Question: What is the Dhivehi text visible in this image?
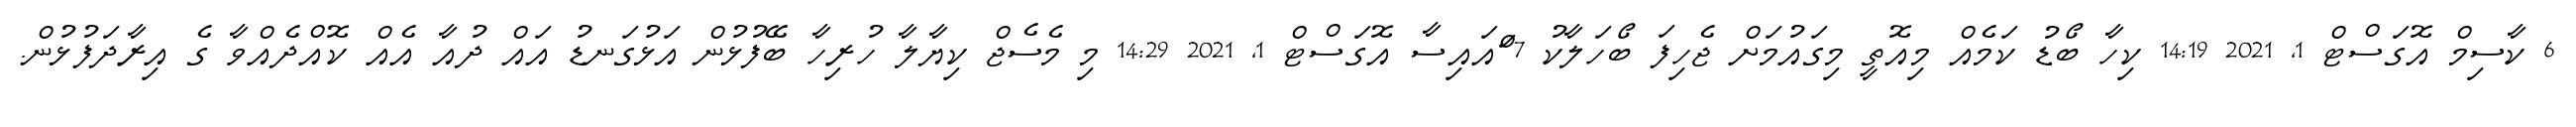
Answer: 6 ކާސިމް އޮގަސްޓް 1, 2021 14:19 ކިހާ ބޯޑު ކަމެއް މިއޮތީ މިގައުމަށް ޖެހިފަ ބޯހަލާކު 7 ަްއައިސާ އޮގަސްޓް 1, 2021 14:29 މި މެސެޖް ކިޔާލާ ހުރިހާ ބޭފުޅުން އަޅުގަނޑު އައް ދުއާ އެއް ކޮއްދެއްވާ ގެ އިރާދަފުޅުން.